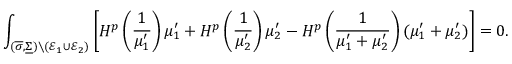
\int _ { ( \overline { \sigma } , \underline { \Sigma } ) \setminus ( \mathcal { E } _ { 1 } \cup \mathcal { E } _ { 2 } ) } \left[ H ^ { p } \left( \frac { 1 } { \mu _ { 1 } ^ { \prime } } \right) \mu _ { 1 } ^ { \prime } + H ^ { p } \left( \frac { 1 } { \mu _ { 2 } ^ { \prime } } \right) \mu _ { 2 } ^ { \prime } - H ^ { p } \left( \frac { 1 } { \mu _ { 1 } ^ { \prime } + \mu _ { 2 } ^ { \prime } } \right) ( \mu _ { 1 } ^ { \prime } + \mu _ { 2 } ^ { \prime } ) \right] = 0 .